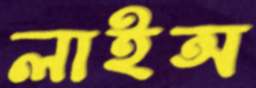
লাইন্স